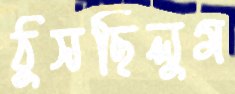
ঠুসছিলুম